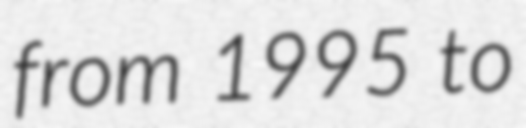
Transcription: from 1995 to